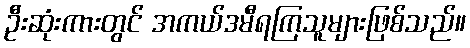
ဦးဆုံးကားတွင် အကယ်ဒမီရကြသူများဖြစ်သည်။